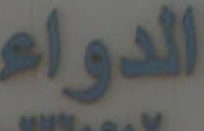
الدواء